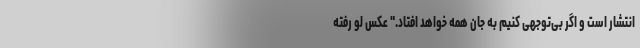
انتشار است و اگر بی‌توجهی کنیم به جان همه خواهد افتاد." عکس لو رفته